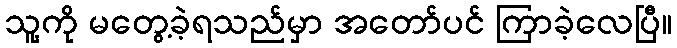
သူ့ကို မတွေ့ခဲ့ရသည်မှာ အတော်ပင် ကြာခဲ့လေပြီ။